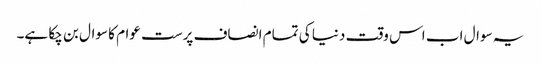
یہ سوال اب اس وقت دنیا کی تمام انصاف پرست عوام کا سوال بن چکا ہے۔